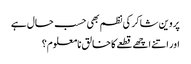
پروین شاکر کی نظم بھی حسب حال ہے
اور اتنے اچھے قطعے کا خالق نامعلوم؟